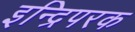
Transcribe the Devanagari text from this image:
इन्द्रिपरक